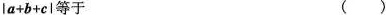
la+b+cl等于 ( )